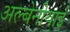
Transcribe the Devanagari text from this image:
अल्बेनीयाई